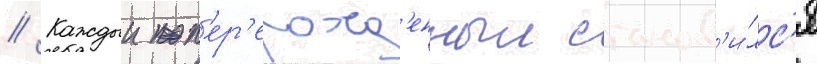
// Каждыи п'ер'ерожд'енныи станов'и́лс'я